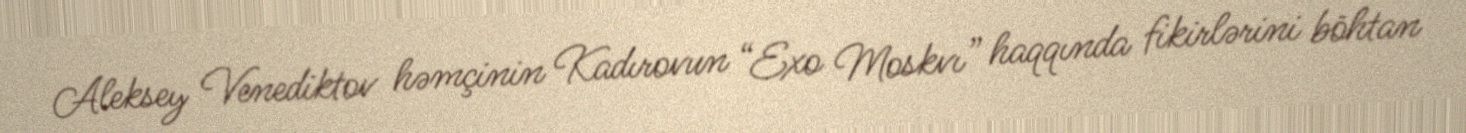
Aleksey Venediktov həmçinin Kadırovun “Exo Moskvı” haqqında fikirlərini böhtan